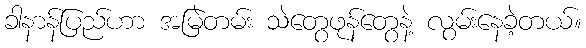
ခါနာန်ပြည်ဟာ အမြဲတမ်း သဲတွေဖုန်တွေနဲ့ လွမ်းနေခဲ့တယ်။